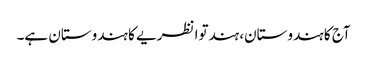
آج کا ہندوستان، ہندتوا نظریے کا ہندوستان ہے۔